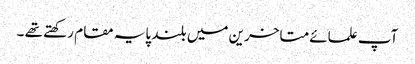
آپ علمائے متاخرین میں بلند پایہ مقام رکھتے تھے ۔